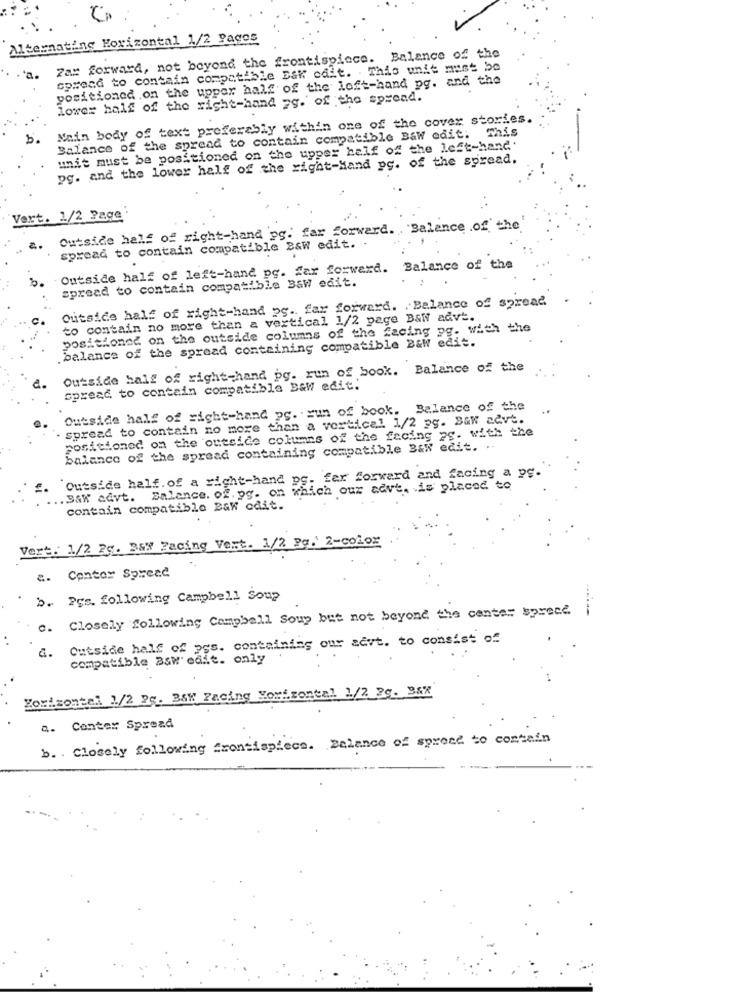
Alternating Horizontal 1/2 Pages
Fax forward, not beyond the frontispiece. Balance of the
spreca to contain compatible Bak odit. This unit must be
positioned .on the upper half of the left-hand pg. and the
lower half of the right-hand 2g. of the spread.
Main body of text preferably within one of the cover stories.
Balance of the spread to contain compatible Baw edit: This
unit must be positioned on the upper half of the left-hand.
pg. and the lower half of the right-Hand py. of the spread.
Vert. 1/2 Page
Outside half of right-hand pg. far forward. "Balance of the
spread to contain compatible B&W edit. .
Outside half of left-hand pg. far forward. Balance of the
spread to contain compatible Baw edit.
Outside half of right-hand pg. far forward. Balance of spread
to contain no more than a vertical 1/2 page B&W advt.
positioned on the outside columns of the facing pg. with the
balance of the spread containing compatible 2&W edit.
Outside half of right-hand py. run of book. Balance of the
spread to contain compatible B&W edit.
Outside half of right-hand pc. run of book. Balance of the
..
spread to contain no more than a vertical 1/2 pg. Baw advt.
positioned on the outside columns of the facing ag. with the
balance of the spread containing compatible B&W edit. ..
Outside half. of a right-hand pg. fer forward and facing a pe.
B&W advt. Balance. of.pg. on which our advt. is placed to
contain compatible B&W cdit.
Vert. 1/2 2g. B&W Facing Vert. 1/2. Pq. 2-color
a.
Contor Spread
b. Pes. following Campbell Soup
c. Closely following Campbell Soup but not beyond the center spread
Outside half of yes. containing our aevt. to consist of
a.
compatible Bsw'edit. only
Horizontal 1/2 7c. B&W Facing Yorf.zontal 1/2 29. 387
a. Conter Spread
b .. Closely following frontispiece. balance of spread to contain